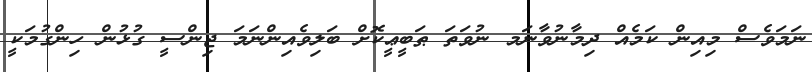
ނަމަވެސް މިއިން ކަމެއް ދިމާނުވާނަމ ނުވަތަ ޠަބީޢީކޮށް ބަލިވެއިންނަމަ ޖިންސީ ގުޅުން ހިންގުމަކީ